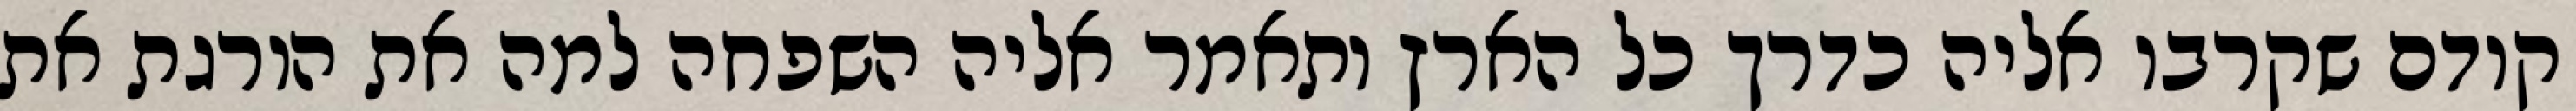
קודם שקרבו אליה כדרך כל הארץ ותאמר אליה השפחה למה את הורגת את